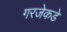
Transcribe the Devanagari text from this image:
गरजेकडे